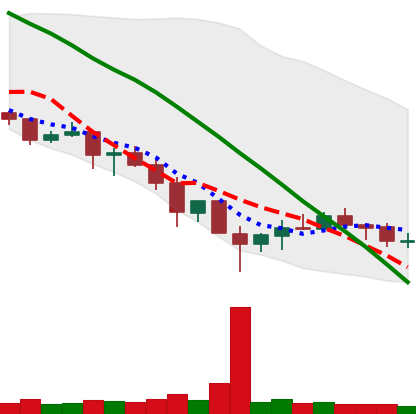
Ticker: XRP-USD
Chart end date: 2019-12-03
Forward return: 4.805%
Label: up_3_5